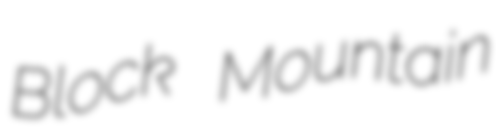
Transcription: Block Mountain